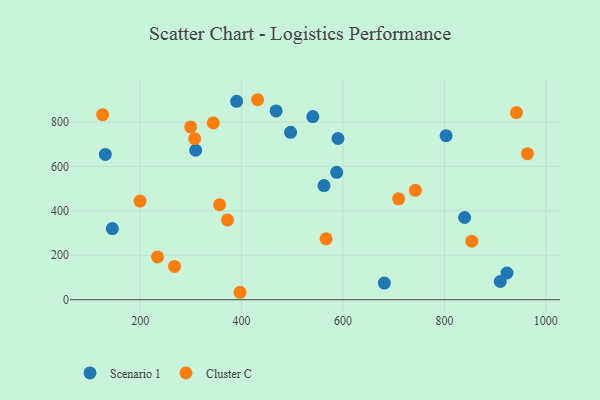
{"axis": {"x": "Experience", "y": "Sales"}, "legend": ["Cluster C", "Scenario 1"], "data": [{"x": "309.4", "y": 672.6, "type": "Scenario 1"}, {"x": "468.1", "y": 849.7, "type": "Scenario 1"}, {"x": "131.3", "y": 654.0, "type": "Scenario 1"}, {"x": "839.9", "y": 370.1, "type": "Scenario 1"}, {"x": "496.7", "y": 753.3, "type": "Scenario 1"}, {"x": "587.5", "y": 573.3, "type": "Scenario 1"}, {"x": "910.3", "y": 82.0, "type": "Scenario 1"}, {"x": "540.5", "y": 824.3, "type": "Scenario 1"}, {"x": "390.2", "y": 892.6, "type": "Scenario 1"}, {"x": "923.5", "y": 120.2, "type": "Scenario 1"}, {"x": "681.6", "y": 74.9, "type": "Scenario 1"}, {"x": "145.1", "y": 320.2, "type": "Scenario 1"}, {"x": "590.1", "y": 725.4, "type": "Scenario 1"}, {"x": "803.4", "y": 738.2, "type": "Scenario 1"}, {"x": "562.5", "y": 513.8, "type": "Scenario 1"}, {"x": "396.8", "y": 33.5, "type": "Cluster C"}, {"x": "742.7", "y": 492.4, "type": "Cluster C"}, {"x": "267.8", "y": 149.8, "type": "Cluster C"}, {"x": "709.8", "y": 454.2, "type": "Cluster C"}, {"x": "942.2", "y": 842.1, "type": "Cluster C"}, {"x": "372.3", "y": 359.3, "type": "Cluster C"}, {"x": "344.1", "y": 795.6, "type": "Cluster C"}, {"x": "199.7", "y": 443.8, "type": "Cluster C"}, {"x": "566.7", "y": 274.1, "type": "Cluster C"}, {"x": "307.4", "y": 724.8, "type": "Cluster C"}, {"x": "854.0", "y": 263.6, "type": "Cluster C"}, {"x": "299.5", "y": 777.5, "type": "Cluster C"}, {"x": "963.7", "y": 657.1, "type": "Cluster C"}, {"x": "356.6", "y": 427.7, "type": "Cluster C"}, {"x": "431.6", "y": 900.0, "type": "Cluster C"}, {"x": "234.3", "y": 192.6, "type": "Cluster C"}, {"x": "125.9", "y": 832.7, "type": "Cluster C"}]}